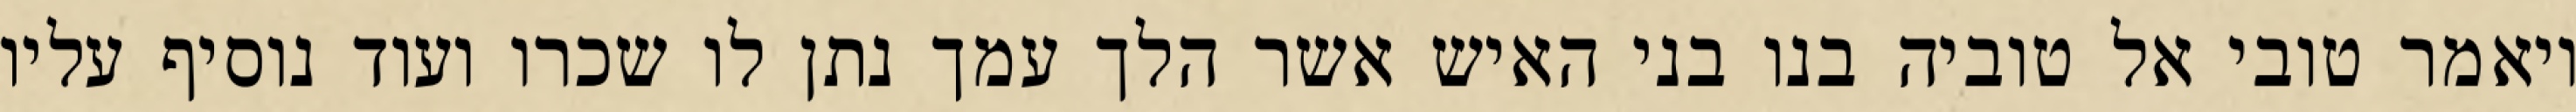
ויאמר טובי אל טוביה בנו בני האיש אשר הלך עמך נתן לו שכרו ועוד נוסיף עליו